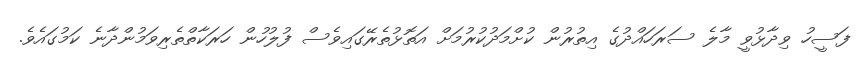
ފަސީހު ވިދާޅުވީ މާލެ ސަރަހައްދުގެ އިތުރުން ކުށްމަދުކުރުމަށް އަތޮޅުތެރޭގައިވެސް ފުލުހުން ހަރަކާތްތެރިވަމުންދާނެ ކަމުގައެވެ.